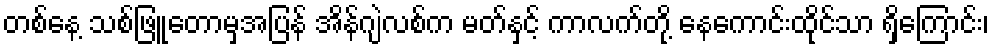
တစ်နေ့ သစ်ဖြူတောမှအပြန် အိန်ဂျဲလစ်က မတ်နှင့် ကာလက်တို့ နေကောင်းထိုင်သာ ရှိကြောင်း၊